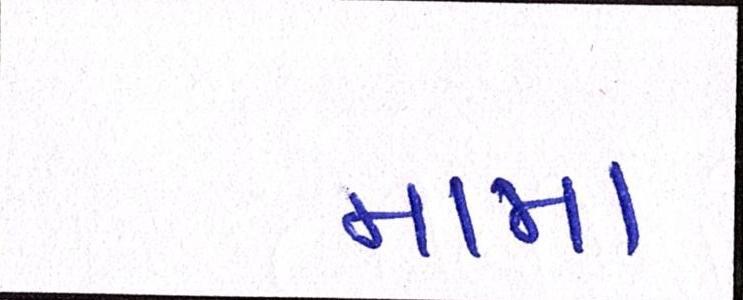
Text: મામા